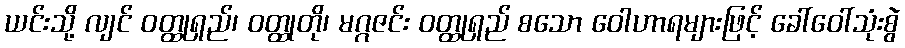
ယင်းသို့ လျင် ဝတ္ထုရှည်၊ ဝတ္ထုတို၊ မဂ္ဂဇင်း ဝတ္ထုရှည် စသော ဝေါဟာရများဖြင့် ခေါ်ဝေါ်သုံးစွဲ